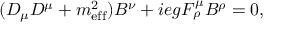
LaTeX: ( D _ { \mu } D ^ { \mu } + m _ { \mathrm { e f f } } ^ { 2 } ) B ^ { \nu } + i e g F _ { \rho } ^ { \mu } B ^ { \rho } = 0 ,